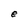
Character: e